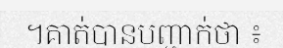
។គាត់បានបញ្ជាក់ថា ៖